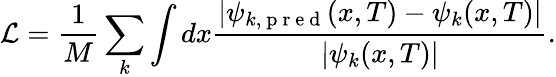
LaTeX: \mathcal{L}=\frac{1}{M}\sum_{k}\int dx\frac{\left|\psi_{k,\mathrm{~p~r~e~d~}}(x,T)-\psi_{k}(x,T)\right|}{\left|\psi_{k}(x,T)\right|}.